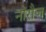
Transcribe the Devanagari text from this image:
नोरौज